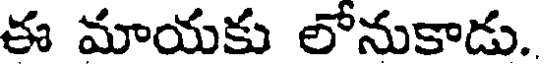
ఈ మాయకు లోనుకాడు.